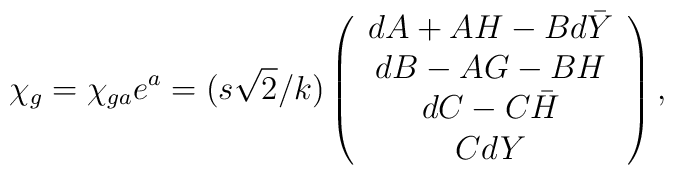
\chi _g=\chi _{ga} e^a = (s\sqrt{2}/k)\left(\begin{array}{c} dA +AH -B d\bar Y\\d B -AG -BH\\dC -C\bar H\\C  dY\end{array} \right),